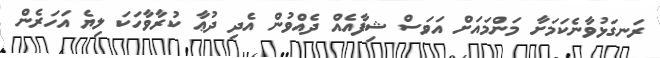
ރަނގަޅުވާނެކަމަށާ މަންމައަށް އަވަސް ޝިފާއެއް ދެއްވުން އެދި ދުޢާ ކުރާވާހަކަ ލިޔެ އަހަރެން